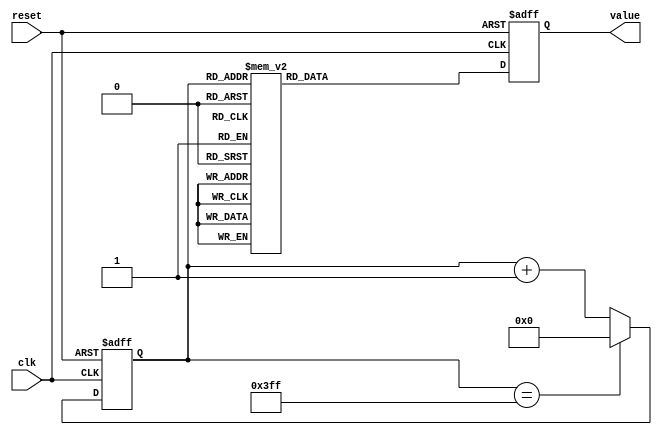
module waveform_from_lut(clk, reset, value);
input wire          clk;
input wire          reset;
output reg [31:0]   value;

// *** Declarations
reg [9:0]    index;


	always @ (posedge clk or posedge reset) begin
        if (reset) begin
            index <= 10'd0;
            value <= 32'h3f4ccccd;
        end
        else begin // not reset
            if (index == 10'd1023) begin
                index <= 10'd0;
            end
            else begin // index < maxlength
                index <= index + 10'd1;
            end
            case (index)                
                10'd0  : value <= 32'h3f4ccccd;
                10'd1  : value <= 32'h3f4ccd0c;
                10'd2  : value <= 32'h3f4ccdca;
                10'd3  : value <= 32'h3f4ccf06;
                10'd4  : value <= 32'h3f4cd0c1;
                10'd5  : value <= 32'h3f4cd2fb;
                10'd6  : value <= 32'h3f4cd5b3;
                10'd7  : value <= 32'h3f4cd8e9;
                10'd8  : value <= 32'h3f4cdc9e;
                10'd9  : value <= 32'h3f4ce0d2;
                10'd10  : value <= 32'h3f4ce584;
                10'd11  : value <= 32'h3f4ceab4;
                10'd12  : value <= 32'h3f4cf062;
                10'd13  : value <= 32'h3f4cf68f;
                10'd14  : value <= 32'h3f4cfd3a;
                10'd15  : value <= 32'h3f4d0463;
                10'd16  : value <= 32'h3f4d0c0a;
                10'd17  : value <= 32'h3f4d142f;
                10'd18  : value <= 32'h3f4d1cd2;
                10'd19  : value <= 32'h3f4d25f2;
                10'd20  : value <= 32'h3f4d2f91;
                10'd21  : value <= 32'h3f4d39ad;
                10'd22  : value <= 32'h3f4d4446;
                10'd23  : value <= 32'h3f4d4f5d;
                10'd24  : value <= 32'h3f4d5af1;
                10'd25  : value <= 32'h3f4d6703;
                10'd26  : value <= 32'h3f4d7391;
                10'd27  : value <= 32'h3f4d809d;
                10'd28  : value <= 32'h3f4d8e25;
                10'd29  : value <= 32'h3f4d9c2a;
                10'd30  : value <= 32'h3f4daaac;
                10'd31  : value <= 32'h3f4db9aa;
                10'd32  : value <= 32'h3f4dc924;
                10'd33  : value <= 32'h3f4dd91b;
                10'd34  : value <= 32'h3f4de98d;
                10'd35  : value <= 32'h3f4dfa7c;
                10'd36  : value <= 32'h3f4e0be6;
                10'd37  : value <= 32'h3f4e1dcb;
                10'd38  : value <= 32'h3f4e302c;
                10'd39  : value <= 32'h3f4e4308;
                10'd40  : value <= 32'h3f4e565f;
                10'd41  : value <= 32'h3f4e6a31;
                10'd42  : value <= 32'h3f4e7e7d;
                10'd43  : value <= 32'h3f4e9344;
                10'd44  : value <= 32'h3f4ea884;
                10'd45  : value <= 32'h3f4ebe3f;
                10'd46  : value <= 32'h3f4ed474;
                10'd47  : value <= 32'h3f4eeb22;
                10'd48  : value <= 32'h3f4f024a;
                10'd49  : value <= 32'h3f4f19ea;
                10'd50  : value <= 32'h3f4f3204;
                10'd51  : value <= 32'h3f4f4a96;
                10'd52  : value <= 32'h3f4f63a1;
                10'd53  : value <= 32'h3f4f7d23;
                10'd54  : value <= 32'h3f4f971e;
                10'd55  : value <= 32'h3f4fb190;
                10'd56  : value <= 32'h3f4fcc7a;
                10'd57  : value <= 32'h3f4fe7db;
                10'd58  : value <= 32'h3f5003b3;
                10'd59  : value <= 32'h3f502002;
                10'd60  : value <= 32'h3f503cc6;
                10'd61  : value <= 32'h3f505a01;
                10'd62  : value <= 32'h3f5077b2;
                10'd63  : value <= 32'h3f5095d8;
                10'd64  : value <= 32'h3f50b474;
                10'd65  : value <= 32'h3f50d384;
                10'd66  : value <= 32'h3f50f309;
                10'd67  : value <= 32'h3f511303;
                10'd68  : value <= 32'h3f513370;
                10'd69  : value <= 32'h3f515451;
                10'd70  : value <= 32'h3f5175a5;
                10'd71  : value <= 32'h3f51976d;
                10'd72  : value <= 32'h3f51b9a7;
                10'd73  : value <= 32'h3f51dc54;
                10'd74  : value <= 32'h3f51ff72;
                10'd75  : value <= 32'h3f522303;
                10'd76  : value <= 32'h3f524705;
                10'd77  : value <= 32'h3f526b77;
                10'd78  : value <= 32'h3f52905b;
                10'd79  : value <= 32'h3f52b5af;
                10'd80  : value <= 32'h3f52db73;
                10'd81  : value <= 32'h3f5301a6;
                10'd82  : value <= 32'h3f532849;
                10'd83  : value <= 32'h3f534f5a;
                10'd84  : value <= 32'h3f5376da;
                10'd85  : value <= 32'h3f539ec8;
                10'd86  : value <= 32'h3f53c724;
                10'd87  : value <= 32'h3f53efed;
                10'd88  : value <= 32'h3f541923;
                10'd89  : value <= 32'h3f5442c6;
                10'd90  : value <= 32'h3f546cd5;
                10'd91  : value <= 32'h3f54974f;
                10'd92  : value <= 32'h3f54c235;
                10'd93  : value <= 32'h3f54ed86;
                10'd94  : value <= 32'h3f551941;
                10'd95  : value <= 32'h3f554566;
                10'd96  : value <= 32'h3f5571f5;
                10'd97  : value <= 32'h3f559eed;
                10'd98  : value <= 32'h3f55cc4e;
                10'd99  : value <= 32'h3f55fa17;
                10'd100  : value <= 32'h3f562848;
                10'd101  : value <= 32'h3f5656e0;
                10'd102  : value <= 32'h3f5685e0;
                10'd103  : value <= 32'h3f56b546;
                10'd104  : value <= 32'h3f56e512;
                10'd105  : value <= 32'h3f571544;
                10'd106  : value <= 32'h3f5745db;
                10'd107  : value <= 32'h3f5776d6;
                10'd108  : value <= 32'h3f57a836;
                10'd109  : value <= 32'h3f57d9fa;
                10'd110  : value <= 32'h3f580c20;
                10'd111  : value <= 32'h3f583eaa;
                10'd112  : value <= 32'h3f587196;
                10'd113  : value <= 32'h3f58a4e4;
                10'd114  : value <= 32'h3f58d892;
                10'd115  : value <= 32'h3f590ca2;
                10'd116  : value <= 32'h3f594112;
                10'd117  : value <= 32'h3f5975e2;
                10'd118  : value <= 32'h3f59ab11;
                10'd119  : value <= 32'h3f59e09f;
                10'd120  : value <= 32'h3f5a168b;
                10'd121  : value <= 32'h3f5a4cd5;
                10'd122  : value <= 32'h3f5a837c;
                10'd123  : value <= 32'h3f5aba80;
                10'd124  : value <= 32'h3f5af1e0;
                10'd125  : value <= 32'h3f5b299b;
                10'd126  : value <= 32'h3f5b61b2;
                10'd127  : value <= 32'h3f5b9a23;
                10'd128  : value <= 32'h3f5bd2ee;
                10'd129  : value <= 32'h3f5c0c12;
                10'd130  : value <= 32'h3f5c458f;
                10'd131  : value <= 32'h3f5c7f65;
                10'd132  : value <= 32'h3f5cb993;
                10'd133  : value <= 32'h3f5cf417;
                10'd134  : value <= 32'h3f5d2ef3;
                10'd135  : value <= 32'h3f5d6a24;
                10'd136  : value <= 32'h3f5da5ab;
                10'd137  : value <= 32'h3f5de187;
                10'd138  : value <= 32'h3f5e1db7;
                10'd139  : value <= 32'h3f5e5a3b;
                10'd140  : value <= 32'h3f5e9712;
                10'd141  : value <= 32'h3f5ed43c;
                10'd142  : value <= 32'h3f5f11b7;
                10'd143  : value <= 32'h3f5f4f84;
                10'd144  : value <= 32'h3f5f8da2;
                10'd145  : value <= 32'h3f5fcc11;
                10'd146  : value <= 32'h3f600ace;
                10'd147  : value <= 32'h3f6049db;
                10'd148  : value <= 32'h3f608936;
                10'd149  : value <= 32'h3f60c8df;
                10'd150  : value <= 32'h3f6108d5;
                10'd151  : value <= 32'h3f614918;
                10'd152  : value <= 32'h3f6189a7;
                10'd153  : value <= 32'h3f61ca81;
                10'd154  : value <= 32'h3f620ba5;
                10'd155  : value <= 32'h3f624d14;
                10'd156  : value <= 32'h3f628ecc;
                10'd157  : value <= 32'h3f62d0cd;
                10'd158  : value <= 32'h3f631316;
                10'd159  : value <= 32'h3f6355a7;
                10'd160  : value <= 32'h3f63987e;
                10'd161  : value <= 32'h3f63db9c;
                10'd162  : value <= 32'h3f641eff;
                10'd163  : value <= 32'h3f6462a7;
                10'd164  : value <= 32'h3f64a693;
                10'd165  : value <= 32'h3f64eac3;
                10'd166  : value <= 32'h3f652f36;
                10'd167  : value <= 32'h3f6573ec;
                10'd168  : value <= 32'h3f65b8e2;
                10'd169  : value <= 32'h3f65fe1a;
                10'd170  : value <= 32'h3f664392;
                10'd171  : value <= 32'h3f66894a;
                10'd172  : value <= 32'h3f66cf41;
                10'd173  : value <= 32'h3f671576;
                10'd174  : value <= 32'h3f675be9;
                10'd175  : value <= 32'h3f67a298;
                10'd176  : value <= 32'h3f67e984;
                10'd177  : value <= 32'h3f6830ab;
                10'd178  : value <= 32'h3f68780d;
                10'd179  : value <= 32'h3f68bfaa;
                10'd180  : value <= 32'h3f69077f;
                10'd181  : value <= 32'h3f694f8e;
                10'd182  : value <= 32'h3f6997d5;
                10'd183  : value <= 32'h3f69e053;
                10'd184  : value <= 32'h3f6a2908;
                10'd185  : value <= 32'h3f6a71f2;
                10'd186  : value <= 32'h3f6abb13;
                10'd187  : value <= 32'h3f6b0467;
                10'd188  : value <= 32'h3f6b4df0;
                10'd189  : value <= 32'h3f6b97ab;
                10'd190  : value <= 32'h3f6be19a;
                10'd191  : value <= 32'h3f6c2bb9;
                10'd192  : value <= 32'h3f6c760a;
                10'd193  : value <= 32'h3f6cc08c;
                10'd194  : value <= 32'h3f6d0b3c;
                10'd195  : value <= 32'h3f6d561c;
                10'd196  : value <= 32'h3f6da12a;
                10'd197  : value <= 32'h3f6dec65;
                10'd198  : value <= 32'h3f6e37cd;
                10'd199  : value <= 32'h3f6e8361;
                10'd200  : value <= 32'h3f6ecf20;
                10'd201  : value <= 32'h3f6f1b0a;
                10'd202  : value <= 32'h3f6f671d;
                10'd203  : value <= 32'h3f6fb359;
                10'd204  : value <= 32'h3f6fffbe;
                10'd205  : value <= 32'h3f704c4a;
                10'd206  : value <= 32'h3f7098fd;
                10'd207  : value <= 32'h3f70e5d6;
                10'd208  : value <= 32'h3f7132d5;
                10'd209  : value <= 32'h3f717ff8;
                10'd210  : value <= 32'h3f71cd3f;
                10'd211  : value <= 32'h3f721aa9;
                10'd212  : value <= 32'h3f726835;
                10'd213  : value <= 32'h3f72b5e3;
                10'd214  : value <= 32'h3f7303b2;
                10'd215  : value <= 32'h3f7351a1;
                10'd216  : value <= 32'h3f739faf;
                10'd217  : value <= 32'h3f73eddc;
                10'd218  : value <= 32'h3f743c27;
                10'd219  : value <= 32'h3f748a8f;
                10'd220  : value <= 32'h3f74d913;
                10'd221  : value <= 32'h3f7527b3;
                10'd222  : value <= 32'h3f75766d;
                10'd223  : value <= 32'h3f75c542;
                10'd224  : value <= 32'h3f761430;
                10'd225  : value <= 32'h3f766336;
                10'd226  : value <= 32'h3f76b254;
                10'd227  : value <= 32'h3f770189;
                10'd228  : value <= 32'h3f7750d5;
                10'd229  : value <= 32'h3f77a036;
                10'd230  : value <= 32'h3f77efab;
                10'd231  : value <= 32'h3f783f35;
                10'd232  : value <= 32'h3f788ed1;
                10'd233  : value <= 32'h3f78de80;
                10'd234  : value <= 32'h3f792e41;
                10'd235  : value <= 32'h3f797e13;
                10'd236  : value <= 32'h3f79cdf4;
                10'd237  : value <= 32'h3f7a1de5;
                10'd238  : value <= 32'h3f7a6de5;
                10'd239  : value <= 32'h3f7abdf2;
                10'd240  : value <= 32'h3f7b0e0c;
                10'd241  : value <= 32'h3f7b5e33;
                10'd242  : value <= 32'h3f7bae65;
                10'd243  : value <= 32'h3f7bfea1;
                10'd244  : value <= 32'h3f7c4ee8;
                10'd245  : value <= 32'h3f7c9f38;
                10'd246  : value <= 32'h3f7cef90;
                10'd247  : value <= 32'h3f7d3fef;
                10'd248  : value <= 32'h3f7d9056;
                10'd249  : value <= 32'h3f7de0c2;
                10'd250  : value <= 32'h3f7e3134;
                10'd251  : value <= 32'h3f7e81aa;
                10'd252  : value <= 32'h3f7ed224;
                10'd253  : value <= 32'h3f7f22a0;
                10'd254  : value <= 32'h3f7f731f;
                10'd255  : value <= 32'h3f7fc39f;
                10'd256  : value <= 32'h3f800a10;
                10'd257  : value <= 32'h3f803250;
                10'd258  : value <= 32'h3f805a90;
                10'd259  : value <= 32'h3f8082cf;
                10'd260  : value <= 32'h3f80ab0d;
                10'd261  : value <= 32'h3f80d349;
                10'd262  : value <= 32'h3f80fb83;
                10'd263  : value <= 32'h3f8123ba;
                10'd264  : value <= 32'h3f814bef;
                10'd265  : value <= 32'h3f817421;
                10'd266  : value <= 32'h3f819c4f;
                10'd267  : value <= 32'h3f81c479;
                10'd268  : value <= 32'h3f81ec9e;
                10'd269  : value <= 32'h3f8214bf;
                10'd270  : value <= 32'h3f823cdb;
                10'd271  : value <= 32'h3f8264f1;
                10'd272  : value <= 32'h3f828d01;
                10'd273  : value <= 32'h3f82b50b;
                10'd274  : value <= 32'h3f82dd0e;
                10'd275  : value <= 32'h3f83050b;
                10'd276  : value <= 32'h3f832cff;
                10'd277  : value <= 32'h3f8354ec;
                10'd278  : value <= 32'h3f837cd1;
                10'd279  : value <= 32'h3f83a4ad;
                10'd280  : value <= 32'h3f83cc80;
                10'd281  : value <= 32'h3f83f449;
                10'd282  : value <= 32'h3f841c09;
                10'd283  : value <= 32'h3f8443bf;
                10'd284  : value <= 32'h3f846b6a;
                10'd285  : value <= 32'h3f84930a;
                10'd286  : value <= 32'h3f84ba9f;
                10'd287  : value <= 32'h3f84e228;
                10'd288  : value <= 32'h3f8509a5;
                10'd289  : value <= 32'h3f853116;
                10'd290  : value <= 32'h3f85587a;
                10'd291  : value <= 32'h3f857fd0;
                10'd292  : value <= 32'h3f85a719;
                10'd293  : value <= 32'h3f85ce54;
                10'd294  : value <= 32'h3f85f581;
                10'd295  : value <= 32'h3f861c9f;
                10'd296  : value <= 32'h3f8643ae;
                10'd297  : value <= 32'h3f866aad;
                10'd298  : value <= 32'h3f86919d;
                10'd299  : value <= 32'h3f86b87c;
                10'd300  : value <= 32'h3f86df4b;
                10'd301  : value <= 32'h3f870608;
                10'd302  : value <= 32'h3f872cb4;
                10'd303  : value <= 32'h3f87534f;
                10'd304  : value <= 32'h3f8779d7;
                10'd305  : value <= 32'h3f87a04d;
                10'd306  : value <= 32'h3f87c6b1;
                10'd307  : value <= 32'h3f87ed00;
                10'd308  : value <= 32'h3f88133d;
                10'd309  : value <= 32'h3f883965;
                10'd310  : value <= 32'h3f885f79;
                10'd311  : value <= 32'h3f888578;
                10'd312  : value <= 32'h3f88ab62;
                10'd313  : value <= 32'h3f88d137;
                10'd314  : value <= 32'h3f88f6f6;
                10'd315  : value <= 32'h3f891c9f;
                10'd316  : value <= 32'h3f894231;
                10'd317  : value <= 32'h3f8967ad;
                10'd318  : value <= 32'h3f898d11;
                10'd319  : value <= 32'h3f89b25e;
                10'd320  : value <= 32'h3f89d792;
                10'd321  : value <= 32'h3f89fcae;
                10'd322  : value <= 32'h3f8a21b2;
                10'd323  : value <= 32'h3f8a469c;
                10'd324  : value <= 32'h3f8a6b6d;
                10'd325  : value <= 32'h3f8a9025;
                10'd326  : value <= 32'h3f8ab4c2;
                10'd327  : value <= 32'h3f8ad945;
                10'd328  : value <= 32'h3f8afdad;
                10'd329  : value <= 32'h3f8b21fa;
                10'd330  : value <= 32'h3f8b462b;
                10'd331  : value <= 32'h3f8b6a40;
                10'd332  : value <= 32'h3f8b8e39;
                10'd333  : value <= 32'h3f8bb216;
                10'd334  : value <= 32'h3f8bd5d6;
                10'd335  : value <= 32'h3f8bf978;
                10'd336  : value <= 32'h3f8c1cfd;
                10'd337  : value <= 32'h3f8c4064;
                10'd338  : value <= 32'h3f8c63ac;
                10'd339  : value <= 32'h3f8c86d6;
                10'd340  : value <= 32'h3f8ca9e1;
                10'd341  : value <= 32'h3f8ccccd;
                10'd342  : value <= 32'h3f8cef99;
                10'd343  : value <= 32'h3f8d1245;
                10'd344  : value <= 32'h3f8d34d1;
                10'd345  : value <= 32'h3f8d573c;
                10'd346  : value <= 32'h3f8d7986;
                10'd347  : value <= 32'h3f8d9baf;
                10'd348  : value <= 32'h3f8dbdb6;
                10'd349  : value <= 32'h3f8ddf9b;
                10'd350  : value <= 32'h3f8e015e;
                10'd351  : value <= 32'h3f8e22fe;
                10'd352  : value <= 32'h3f8e447b;
                10'd353  : value <= 32'h3f8e65d5;
                10'd354  : value <= 32'h3f8e870c;
                10'd355  : value <= 32'h3f8ea81e;
                10'd356  : value <= 32'h3f8ec90d;
                10'd357  : value <= 32'h3f8ee9d6;
                10'd358  : value <= 32'h3f8f0a7b;
                10'd359  : value <= 32'h3f8f2afb;
                10'd360  : value <= 32'h3f8f4b55;
                10'd361  : value <= 32'h3f8f6b89;
                10'd362  : value <= 32'h3f8f8b98;
                10'd363  : value <= 32'h3f8fab7f;
                10'd364  : value <= 32'h3f8fcb41;
                10'd365  : value <= 32'h3f8feadb;
                10'd366  : value <= 32'h3f900a4d;
                10'd367  : value <= 32'h3f902998;
                10'd368  : value <= 32'h3f9048bb;
                10'd369  : value <= 32'h3f9067b6;
                10'd370  : value <= 32'h3f908688;
                10'd371  : value <= 32'h3f90a532;
                10'd372  : value <= 32'h3f90c3b2;
                10'd373  : value <= 32'h3f90e209;
                10'd374  : value <= 32'h3f910036;
                10'd375  : value <= 32'h3f911e39;
                10'd376  : value <= 32'h3f913c12;
                10'd377  : value <= 32'h3f9159c0;
                10'd378  : value <= 32'h3f917743;
                10'd379  : value <= 32'h3f91949b;
                10'd380  : value <= 32'h3f91b1c8;
                10'd381  : value <= 32'h3f91cec8;
                10'd382  : value <= 32'h3f91eb9d;
                10'd383  : value <= 32'h3f920846;
                10'd384  : value <= 32'h3f9224c2;
                10'd385  : value <= 32'h3f924111;
                10'd386  : value <= 32'h3f925d33;
                10'd387  : value <= 32'h3f927927;
                10'd388  : value <= 32'h3f9294ee;
                10'd389  : value <= 32'h3f92b087;
                10'd390  : value <= 32'h3f92cbf2;
                10'd391  : value <= 32'h3f92e72e;
                10'd392  : value <= 32'h3f93023b;
                10'd393  : value <= 32'h3f931d1a;
                10'd394  : value <= 32'h3f9337c9;
                10'd395  : value <= 32'h3f935249;
                10'd396  : value <= 32'h3f936c99;
                10'd397  : value <= 32'h3f9386b9;
                10'd398  : value <= 32'h3f93a0a9;
                10'd399  : value <= 32'h3f93ba68;
                10'd400  : value <= 32'h3f93d3f6;
                10'd401  : value <= 32'h3f93ed54;
                10'd402  : value <= 32'h3f940680;
                10'd403  : value <= 32'h3f941f7a;
                10'd404  : value <= 32'h3f943843;
                10'd405  : value <= 32'h3f9450da;
                10'd406  : value <= 32'h3f94693f;
                10'd407  : value <= 32'h3f948171;
                10'd408  : value <= 32'h3f949970;
                10'd409  : value <= 32'h3f94b13d;
                10'd410  : value <= 32'h3f94c8d6;
                10'd411  : value <= 32'h3f94e03c;
                10'd412  : value <= 32'h3f94f76f;
                10'd413  : value <= 32'h3f950e6d;
                10'd414  : value <= 32'h3f952538;
                10'd415  : value <= 32'h3f953bce;
                10'd416  : value <= 32'h3f955230;
                10'd417  : value <= 32'h3f95685d;
                10'd418  : value <= 32'h3f957e55;
                10'd419  : value <= 32'h3f959418;
                10'd420  : value <= 32'h3f95a9a6;
                10'd421  : value <= 32'h3f95befe;
                10'd422  : value <= 32'h3f95d420;
                10'd423  : value <= 32'h3f95e90c;
                10'd424  : value <= 32'h3f95fdc3;
                10'd425  : value <= 32'h3f961242;
                10'd426  : value <= 32'h3f96268c;
                10'd427  : value <= 32'h3f963a9e;
                10'd428  : value <= 32'h3f964e7a;
                10'd429  : value <= 32'h3f96621e;
                10'd430  : value <= 32'h3f96758b;
                10'd431  : value <= 32'h3f9688c1;
                10'd432  : value <= 32'h3f969bbf;
                10'd433  : value <= 32'h3f96ae85;
                10'd434  : value <= 32'h3f96c112;
                10'd435  : value <= 32'h3f96d368;
                10'd436  : value <= 32'h3f96e585;
                10'd437  : value <= 32'h3f96f76a;
                10'd438  : value <= 32'h3f970916;
                10'd439  : value <= 32'h3f971a88;
                10'd440  : value <= 32'h3f972bc2;
                10'd441  : value <= 32'h3f973cc3;
                10'd442  : value <= 32'h3f974d8a;
                10'd443  : value <= 32'h3f975e17;
                10'd444  : value <= 32'h3f976e6b;
                10'd445  : value <= 32'h3f977e84;
                10'd446  : value <= 32'h3f978e64;
                10'd447  : value <= 32'h3f979e09;
                10'd448  : value <= 32'h3f97ad74;
                10'd449  : value <= 32'h3f97bca5;
                10'd450  : value <= 32'h3f97cb9a;
                10'd451  : value <= 32'h3f97da55;
                10'd452  : value <= 32'h3f97e8d5;
                10'd453  : value <= 32'h3f97f71a;
                10'd454  : value <= 32'h3f980524;
                10'd455  : value <= 32'h3f9812f2;
                10'd456  : value <= 32'h3f982085;
                10'd457  : value <= 32'h3f982ddc;
                10'd458  : value <= 32'h3f983af7;
                10'd459  : value <= 32'h3f9847d7;
                10'd460  : value <= 32'h3f98547a;
                10'd461  : value <= 32'h3f9860e1;
                10'd462  : value <= 32'h3f986d0c;
                10'd463  : value <= 32'h3f9878fb;
                10'd464  : value <= 32'h3f9884ad;
                10'd465  : value <= 32'h3f989022;
                10'd466  : value <= 32'h3f989b5b;
                10'd467  : value <= 32'h3f98a657;
                10'd468  : value <= 32'h3f98b116;
                10'd469  : value <= 32'h3f98bb98;
                10'd470  : value <= 32'h3f98c5dc;
                10'd471  : value <= 32'h3f98cfe4;
                10'd472  : value <= 32'h3f98d9ae;
                10'd473  : value <= 32'h3f98e33b;
                10'd474  : value <= 32'h3f98ec8a;
                10'd475  : value <= 32'h3f98f59b;
                10'd476  : value <= 32'h3f98fe6f;
                10'd477  : value <= 32'h3f990705;
                10'd478  : value <= 32'h3f990f5e;
                10'd479  : value <= 32'h3f991778;
                10'd480  : value <= 32'h3f991f54;
                10'd481  : value <= 32'h3f9926f2;
                10'd482  : value <= 32'h3f992e52;
                10'd483  : value <= 32'h3f993574;
                10'd484  : value <= 32'h3f993c57;
                10'd485  : value <= 32'h3f9942fc;
                10'd486  : value <= 32'h3f994963;
                10'd487  : value <= 32'h3f994f8b;
                10'd488  : value <= 32'h3f995574;
                10'd489  : value <= 32'h3f995b1f;
                10'd490  : value <= 32'h3f99608b;
                10'd491  : value <= 32'h3f9965b9;
                10'd492  : value <= 32'h3f996aa7;
                10'd493  : value <= 32'h3f996f57;
                10'd494  : value <= 32'h3f9973c8;
                10'd495  : value <= 32'h3f9977fa;
                10'd496  : value <= 32'h3f997bed;
                10'd497  : value <= 32'h3f997fa1;
                10'd498  : value <= 32'h3f998316;
                10'd499  : value <= 32'h3f99864c;
                10'd500  : value <= 32'h3f998942;
                10'd501  : value <= 32'h3f998bfa;
                10'd502  : value <= 32'h3f998e72;
                10'd503  : value <= 32'h3f9990ac;
                10'd504  : value <= 32'h3f9992a6;
                10'd505  : value <= 32'h3f999461;
                10'd506  : value <= 32'h3f9995dc;
                10'd507  : value <= 32'h3f999719;
                10'd508  : value <= 32'h3f999816;
                10'd509  : value <= 32'h3f9998d4;
                10'd510  : value <= 32'h3f999952;
                10'd511  : value <= 32'h3f999992;
                10'd512  : value <= 32'h3f999992;
                10'd513  : value <= 32'h3f999952;
                10'd514  : value <= 32'h3f9998d4;
                10'd515  : value <= 32'h3f999816;
                10'd516  : value <= 32'h3f999719;
                10'd517  : value <= 32'h3f9995dc;
                10'd518  : value <= 32'h3f999461;
                10'd519  : value <= 32'h3f9992a6;
                10'd520  : value <= 32'h3f9990ac;
                10'd521  : value <= 32'h3f998e72;
                10'd522  : value <= 32'h3f998bfa;
                10'd523  : value <= 32'h3f998942;
                10'd524  : value <= 32'h3f99864c;
                10'd525  : value <= 32'h3f998316;
                10'd526  : value <= 32'h3f997fa1;
                10'd527  : value <= 32'h3f997bed;
                10'd528  : value <= 32'h3f9977fa;
                10'd529  : value <= 32'h3f9973c8;
                10'd530  : value <= 32'h3f996f57;
                10'd531  : value <= 32'h3f996aa7;
                10'd532  : value <= 32'h3f9965b9;
                10'd533  : value <= 32'h3f99608b;
                10'd534  : value <= 32'h3f995b1f;
                10'd535  : value <= 32'h3f995574;
                10'd536  : value <= 32'h3f994f8b;
                10'd537  : value <= 32'h3f994963;
                10'd538  : value <= 32'h3f9942fc;
                10'd539  : value <= 32'h3f993c57;
                10'd540  : value <= 32'h3f993574;
                10'd541  : value <= 32'h3f992e52;
                10'd542  : value <= 32'h3f9926f2;
                10'd543  : value <= 32'h3f991f54;
                10'd544  : value <= 32'h3f991778;
                10'd545  : value <= 32'h3f990f5e;
                10'd546  : value <= 32'h3f990705;
                10'd547  : value <= 32'h3f98fe6f;
                10'd548  : value <= 32'h3f98f59b;
                10'd549  : value <= 32'h3f98ec8a;
                10'd550  : value <= 32'h3f98e33b;
                10'd551  : value <= 32'h3f98d9ae;
                10'd552  : value <= 32'h3f98cfe4;
                10'd553  : value <= 32'h3f98c5dc;
                10'd554  : value <= 32'h3f98bb98;
                10'd555  : value <= 32'h3f98b116;
                10'd556  : value <= 32'h3f98a657;
                10'd557  : value <= 32'h3f989b5b;
                10'd558  : value <= 32'h3f989022;
                10'd559  : value <= 32'h3f9884ad;
                10'd560  : value <= 32'h3f9878fb;
                10'd561  : value <= 32'h3f986d0c;
                10'd562  : value <= 32'h3f9860e1;
                10'd563  : value <= 32'h3f98547a;
                10'd564  : value <= 32'h3f9847d7;
                10'd565  : value <= 32'h3f983af7;
                10'd566  : value <= 32'h3f982ddc;
                10'd567  : value <= 32'h3f982085;
                10'd568  : value <= 32'h3f9812f2;
                10'd569  : value <= 32'h3f980524;
                10'd570  : value <= 32'h3f97f71a;
                10'd571  : value <= 32'h3f97e8d5;
                10'd572  : value <= 32'h3f97da55;
                10'd573  : value <= 32'h3f97cb9a;
                10'd574  : value <= 32'h3f97bca5;
                10'd575  : value <= 32'h3f97ad74;
                10'd576  : value <= 32'h3f979e09;
                10'd577  : value <= 32'h3f978e64;
                10'd578  : value <= 32'h3f977e84;
                10'd579  : value <= 32'h3f976e6b;
                10'd580  : value <= 32'h3f975e17;
                10'd581  : value <= 32'h3f974d8a;
                10'd582  : value <= 32'h3f973cc3;
                10'd583  : value <= 32'h3f972bc2;
                10'd584  : value <= 32'h3f971a88;
                10'd585  : value <= 32'h3f970916;
                10'd586  : value <= 32'h3f96f76a;
                10'd587  : value <= 32'h3f96e585;
                10'd588  : value <= 32'h3f96d368;
                10'd589  : value <= 32'h3f96c112;
                10'd590  : value <= 32'h3f96ae85;
                10'd591  : value <= 32'h3f969bbf;
                10'd592  : value <= 32'h3f9688c1;
                10'd593  : value <= 32'h3f96758b;
                10'd594  : value <= 32'h3f96621e;
                10'd595  : value <= 32'h3f964e7a;
                10'd596  : value <= 32'h3f963a9e;
                10'd597  : value <= 32'h3f96268c;
                10'd598  : value <= 32'h3f961242;
                10'd599  : value <= 32'h3f95fdc3;
                10'd600  : value <= 32'h3f95e90c;
                10'd601  : value <= 32'h3f95d420;
                10'd602  : value <= 32'h3f95befe;
                10'd603  : value <= 32'h3f95a9a6;
                10'd604  : value <= 32'h3f959418;
                10'd605  : value <= 32'h3f957e55;
                10'd606  : value <= 32'h3f95685d;
                10'd607  : value <= 32'h3f955230;
                10'd608  : value <= 32'h3f953bce;
                10'd609  : value <= 32'h3f952538;
                10'd610  : value <= 32'h3f950e6d;
                10'd611  : value <= 32'h3f94f76f;
                10'd612  : value <= 32'h3f94e03c;
                10'd613  : value <= 32'h3f94c8d6;
                10'd614  : value <= 32'h3f94b13d;
                10'd615  : value <= 32'h3f949970;
                10'd616  : value <= 32'h3f948171;
                10'd617  : value <= 32'h3f94693f;
                10'd618  : value <= 32'h3f9450da;
                10'd619  : value <= 32'h3f943843;
                10'd620  : value <= 32'h3f941f7a;
                10'd621  : value <= 32'h3f940680;
                10'd622  : value <= 32'h3f93ed54;
                10'd623  : value <= 32'h3f93d3f6;
                10'd624  : value <= 32'h3f93ba68;
                10'd625  : value <= 32'h3f93a0a9;
                10'd626  : value <= 32'h3f9386b9;
                10'd627  : value <= 32'h3f936c99;
                10'd628  : value <= 32'h3f935249;
                10'd629  : value <= 32'h3f9337c9;
                10'd630  : value <= 32'h3f931d1a;
                10'd631  : value <= 32'h3f93023b;
                10'd632  : value <= 32'h3f92e72e;
                10'd633  : value <= 32'h3f92cbf2;
                10'd634  : value <= 32'h3f92b087;
                10'd635  : value <= 32'h3f9294ee;
                10'd636  : value <= 32'h3f927927;
                10'd637  : value <= 32'h3f925d33;
                10'd638  : value <= 32'h3f924111;
                10'd639  : value <= 32'h3f9224c2;
                10'd640  : value <= 32'h3f920846;
                10'd641  : value <= 32'h3f91eb9d;
                10'd642  : value <= 32'h3f91cec8;
                10'd643  : value <= 32'h3f91b1c8;
                10'd644  : value <= 32'h3f91949b;
                10'd645  : value <= 32'h3f917743;
                10'd646  : value <= 32'h3f9159c0;
                10'd647  : value <= 32'h3f913c12;
                10'd648  : value <= 32'h3f911e39;
                10'd649  : value <= 32'h3f910036;
                10'd650  : value <= 32'h3f90e209;
                10'd651  : value <= 32'h3f90c3b2;
                10'd652  : value <= 32'h3f90a532;
                10'd653  : value <= 32'h3f908688;
                10'd654  : value <= 32'h3f9067b6;
                10'd655  : value <= 32'h3f9048bb;
                10'd656  : value <= 32'h3f902998;
                10'd657  : value <= 32'h3f900a4d;
                10'd658  : value <= 32'h3f8feadb;
                10'd659  : value <= 32'h3f8fcb41;
                10'd660  : value <= 32'h3f8fab7f;
                10'd661  : value <= 32'h3f8f8b98;
                10'd662  : value <= 32'h3f8f6b89;
                10'd663  : value <= 32'h3f8f4b55;
                10'd664  : value <= 32'h3f8f2afb;
                10'd665  : value <= 32'h3f8f0a7b;
                10'd666  : value <= 32'h3f8ee9d6;
                10'd667  : value <= 32'h3f8ec90d;
                10'd668  : value <= 32'h3f8ea81e;
                10'd669  : value <= 32'h3f8e870c;
                10'd670  : value <= 32'h3f8e65d5;
                10'd671  : value <= 32'h3f8e447b;
                10'd672  : value <= 32'h3f8e22fe;
                10'd673  : value <= 32'h3f8e015e;
                10'd674  : value <= 32'h3f8ddf9b;
                10'd675  : value <= 32'h3f8dbdb6;
                10'd676  : value <= 32'h3f8d9baf;
                10'd677  : value <= 32'h3f8d7986;
                10'd678  : value <= 32'h3f8d573c;
                10'd679  : value <= 32'h3f8d34d1;
                10'd680  : value <= 32'h3f8d1245;
                10'd681  : value <= 32'h3f8cef99;
                10'd682  : value <= 32'h3f8ccccd;
                10'd683  : value <= 32'h3f8ca9e1;
                10'd684  : value <= 32'h3f8c86d6;
                10'd685  : value <= 32'h3f8c63ac;
                10'd686  : value <= 32'h3f8c4064;
                10'd687  : value <= 32'h3f8c1cfd;
                10'd688  : value <= 32'h3f8bf978;
                10'd689  : value <= 32'h3f8bd5d6;
                10'd690  : value <= 32'h3f8bb216;
                10'd691  : value <= 32'h3f8b8e39;
                10'd692  : value <= 32'h3f8b6a40;
                10'd693  : value <= 32'h3f8b462b;
                10'd694  : value <= 32'h3f8b21fa;
                10'd695  : value <= 32'h3f8afdad;
                10'd696  : value <= 32'h3f8ad945;
                10'd697  : value <= 32'h3f8ab4c2;
                10'd698  : value <= 32'h3f8a9025;
                10'd699  : value <= 32'h3f8a6b6d;
                10'd700  : value <= 32'h3f8a469c;
                10'd701  : value <= 32'h3f8a21b2;
                10'd702  : value <= 32'h3f89fcae;
                10'd703  : value <= 32'h3f89d792;
                10'd704  : value <= 32'h3f89b25e;
                10'd705  : value <= 32'h3f898d11;
                10'd706  : value <= 32'h3f8967ad;
                10'd707  : value <= 32'h3f894231;
                10'd708  : value <= 32'h3f891c9f;
                10'd709  : value <= 32'h3f88f6f6;
                10'd710  : value <= 32'h3f88d137;
                10'd711  : value <= 32'h3f88ab62;
                10'd712  : value <= 32'h3f888578;
                10'd713  : value <= 32'h3f885f79;
                10'd714  : value <= 32'h3f883965;
                10'd715  : value <= 32'h3f88133d;
                10'd716  : value <= 32'h3f87ed00;
                10'd717  : value <= 32'h3f87c6b1;
                10'd718  : value <= 32'h3f87a04d;
                10'd719  : value <= 32'h3f8779d7;
                10'd720  : value <= 32'h3f87534f;
                10'd721  : value <= 32'h3f872cb4;
                10'd722  : value <= 32'h3f870608;
                10'd723  : value <= 32'h3f86df4b;
                10'd724  : value <= 32'h3f86b87c;
                10'd725  : value <= 32'h3f86919d;
                10'd726  : value <= 32'h3f866aad;
                10'd727  : value <= 32'h3f8643ae;
                10'd728  : value <= 32'h3f861c9f;
                10'd729  : value <= 32'h3f85f581;
                10'd730  : value <= 32'h3f85ce54;
                10'd731  : value <= 32'h3f85a719;
                10'd732  : value <= 32'h3f857fd0;
                10'd733  : value <= 32'h3f85587a;
                10'd734  : value <= 32'h3f853116;
                10'd735  : value <= 32'h3f8509a5;
                10'd736  : value <= 32'h3f84e228;
                10'd737  : value <= 32'h3f84ba9f;
                10'd738  : value <= 32'h3f84930a;
                10'd739  : value <= 32'h3f846b6a;
                10'd740  : value <= 32'h3f8443bf;
                10'd741  : value <= 32'h3f841c09;
                10'd742  : value <= 32'h3f83f449;
                10'd743  : value <= 32'h3f83cc80;
                10'd744  : value <= 32'h3f83a4ad;
                10'd745  : value <= 32'h3f837cd1;
                10'd746  : value <= 32'h3f8354ec;
                10'd747  : value <= 32'h3f832cff;
                10'd748  : value <= 32'h3f83050b;
                10'd749  : value <= 32'h3f82dd0e;
                10'd750  : value <= 32'h3f82b50b;
                10'd751  : value <= 32'h3f828d01;
                10'd752  : value <= 32'h3f8264f1;
                10'd753  : value <= 32'h3f823cdb;
                10'd754  : value <= 32'h3f8214bf;
                10'd755  : value <= 32'h3f81ec9e;
                10'd756  : value <= 32'h3f81c479;
                10'd757  : value <= 32'h3f819c4f;
                10'd758  : value <= 32'h3f817421;
                10'd759  : value <= 32'h3f814bef;
                10'd760  : value <= 32'h3f8123ba;
                10'd761  : value <= 32'h3f80fb83;
                10'd762  : value <= 32'h3f80d349;
                10'd763  : value <= 32'h3f80ab0d;
                10'd764  : value <= 32'h3f8082cf;
                10'd765  : value <= 32'h3f805a90;
                10'd766  : value <= 32'h3f803250;
                10'd767  : value <= 32'h3f800a10;
                10'd768  : value <= 32'h3f7fc39f;
                10'd769  : value <= 32'h3f7f731f;
                10'd770  : value <= 32'h3f7f22a0;
                10'd771  : value <= 32'h3f7ed224;
                10'd772  : value <= 32'h3f7e81aa;
                10'd773  : value <= 32'h3f7e3134;
                10'd774  : value <= 32'h3f7de0c2;
                10'd775  : value <= 32'h3f7d9056;
                10'd776  : value <= 32'h3f7d3fef;
                10'd777  : value <= 32'h3f7cef90;
                10'd778  : value <= 32'h3f7c9f38;
                10'd779  : value <= 32'h3f7c4ee8;
                10'd780  : value <= 32'h3f7bfea1;
                10'd781  : value <= 32'h3f7bae65;
                10'd782  : value <= 32'h3f7b5e33;
                10'd783  : value <= 32'h3f7b0e0c;
                10'd784  : value <= 32'h3f7abdf2;
                10'd785  : value <= 32'h3f7a6de5;
                10'd786  : value <= 32'h3f7a1de5;
                10'd787  : value <= 32'h3f79cdf4;
                10'd788  : value <= 32'h3f797e13;
                10'd789  : value <= 32'h3f792e41;
                10'd790  : value <= 32'h3f78de80;
                10'd791  : value <= 32'h3f788ed1;
                10'd792  : value <= 32'h3f783f35;
                10'd793  : value <= 32'h3f77efab;
                10'd794  : value <= 32'h3f77a036;
                10'd795  : value <= 32'h3f7750d5;
                10'd796  : value <= 32'h3f770189;
                10'd797  : value <= 32'h3f76b254;
                10'd798  : value <= 32'h3f766336;
                10'd799  : value <= 32'h3f761430;
                10'd800  : value <= 32'h3f75c542;
                10'd801  : value <= 32'h3f75766d;
                10'd802  : value <= 32'h3f7527b3;
                10'd803  : value <= 32'h3f74d913;
                10'd804  : value <= 32'h3f748a8f;
                10'd805  : value <= 32'h3f743c27;
                10'd806  : value <= 32'h3f73eddc;
                10'd807  : value <= 32'h3f739faf;
                10'd808  : value <= 32'h3f7351a1;
                10'd809  : value <= 32'h3f7303b2;
                10'd810  : value <= 32'h3f72b5e3;
                10'd811  : value <= 32'h3f726835;
                10'd812  : value <= 32'h3f721aa9;
                10'd813  : value <= 32'h3f71cd3f;
                10'd814  : value <= 32'h3f717ff8;
                10'd815  : value <= 32'h3f7132d5;
                10'd816  : value <= 32'h3f70e5d6;
                10'd817  : value <= 32'h3f7098fd;
                10'd818  : value <= 32'h3f704c4a;
                10'd819  : value <= 32'h3f6fffbe;
                10'd820  : value <= 32'h3f6fb359;
                10'd821  : value <= 32'h3f6f671d;
                10'd822  : value <= 32'h3f6f1b0a;
                10'd823  : value <= 32'h3f6ecf20;
                10'd824  : value <= 32'h3f6e8361;
                10'd825  : value <= 32'h3f6e37cd;
                10'd826  : value <= 32'h3f6dec65;
                10'd827  : value <= 32'h3f6da12a;
                10'd828  : value <= 32'h3f6d561c;
                10'd829  : value <= 32'h3f6d0b3c;
                10'd830  : value <= 32'h3f6cc08c;
                10'd831  : value <= 32'h3f6c760a;
                10'd832  : value <= 32'h3f6c2bb9;
                10'd833  : value <= 32'h3f6be19a;
                10'd834  : value <= 32'h3f6b97ab;
                10'd835  : value <= 32'h3f6b4df0;
                10'd836  : value <= 32'h3f6b0467;
                10'd837  : value <= 32'h3f6abb13;
                10'd838  : value <= 32'h3f6a71f2;
                10'd839  : value <= 32'h3f6a2908;
                10'd840  : value <= 32'h3f69e053;
                10'd841  : value <= 32'h3f6997d5;
                10'd842  : value <= 32'h3f694f8e;
                10'd843  : value <= 32'h3f69077f;
                10'd844  : value <= 32'h3f68bfaa;
                10'd845  : value <= 32'h3f68780d;
                10'd846  : value <= 32'h3f6830ab;
                10'd847  : value <= 32'h3f67e984;
                10'd848  : value <= 32'h3f67a298;
                10'd849  : value <= 32'h3f675be9;
                10'd850  : value <= 32'h3f671576;
                10'd851  : value <= 32'h3f66cf41;
                10'd852  : value <= 32'h3f66894a;
                10'd853  : value <= 32'h3f664392;
                10'd854  : value <= 32'h3f65fe1a;
                10'd855  : value <= 32'h3f65b8e2;
                10'd856  : value <= 32'h3f6573ec;
                10'd857  : value <= 32'h3f652f36;
                10'd858  : value <= 32'h3f64eac3;
                10'd859  : value <= 32'h3f64a693;
                10'd860  : value <= 32'h3f6462a7;
                10'd861  : value <= 32'h3f641eff;
                10'd862  : value <= 32'h3f63db9c;
                10'd863  : value <= 32'h3f63987e;
                10'd864  : value <= 32'h3f6355a7;
                10'd865  : value <= 32'h3f631316;
                10'd866  : value <= 32'h3f62d0cd;
                10'd867  : value <= 32'h3f628ecc;
                10'd868  : value <= 32'h3f624d14;
                10'd869  : value <= 32'h3f620ba5;
                10'd870  : value <= 32'h3f61ca81;
                10'd871  : value <= 32'h3f6189a7;
                10'd872  : value <= 32'h3f614918;
                10'd873  : value <= 32'h3f6108d5;
                10'd874  : value <= 32'h3f60c8df;
                10'd875  : value <= 32'h3f608936;
                10'd876  : value <= 32'h3f6049db;
                10'd877  : value <= 32'h3f600ace;
                10'd878  : value <= 32'h3f5fcc11;
                10'd879  : value <= 32'h3f5f8da2;
                10'd880  : value <= 32'h3f5f4f84;
                10'd881  : value <= 32'h3f5f11b7;
                10'd882  : value <= 32'h3f5ed43c;
                10'd883  : value <= 32'h3f5e9712;
                10'd884  : value <= 32'h3f5e5a3b;
                10'd885  : value <= 32'h3f5e1db7;
                10'd886  : value <= 32'h3f5de187;
                10'd887  : value <= 32'h3f5da5ab;
                10'd888  : value <= 32'h3f5d6a24;
                10'd889  : value <= 32'h3f5d2ef3;
                10'd890  : value <= 32'h3f5cf417;
                10'd891  : value <= 32'h3f5cb993;
                10'd892  : value <= 32'h3f5c7f65;
                10'd893  : value <= 32'h3f5c458f;
                10'd894  : value <= 32'h3f5c0c12;
                10'd895  : value <= 32'h3f5bd2ee;
                10'd896  : value <= 32'h3f5b9a23;
                10'd897  : value <= 32'h3f5b61b2;
                10'd898  : value <= 32'h3f5b299b;
                10'd899  : value <= 32'h3f5af1e0;
                10'd900  : value <= 32'h3f5aba80;
                10'd901  : value <= 32'h3f5a837c;
                10'd902  : value <= 32'h3f5a4cd5;
                10'd903  : value <= 32'h3f5a168b;
                10'd904  : value <= 32'h3f59e09f;
                10'd905  : value <= 32'h3f59ab11;
                10'd906  : value <= 32'h3f5975e2;
                10'd907  : value <= 32'h3f594112;
                10'd908  : value <= 32'h3f590ca2;
                10'd909  : value <= 32'h3f58d892;
                10'd910  : value <= 32'h3f58a4e4;
                10'd911  : value <= 32'h3f587196;
                10'd912  : value <= 32'h3f583eaa;
                10'd913  : value <= 32'h3f580c20;
                10'd914  : value <= 32'h3f57d9fa;
                10'd915  : value <= 32'h3f57a836;
                10'd916  : value <= 32'h3f5776d6;
                10'd917  : value <= 32'h3f5745db;
                10'd918  : value <= 32'h3f571544;
                10'd919  : value <= 32'h3f56e512;
                10'd920  : value <= 32'h3f56b546;
                10'd921  : value <= 32'h3f5685e0;
                10'd922  : value <= 32'h3f5656e0;
                10'd923  : value <= 32'h3f562848;
                10'd924  : value <= 32'h3f55fa17;
                10'd925  : value <= 32'h3f55cc4e;
                10'd926  : value <= 32'h3f559eed;
                10'd927  : value <= 32'h3f5571f5;
                10'd928  : value <= 32'h3f554566;
                10'd929  : value <= 32'h3f551941;
                10'd930  : value <= 32'h3f54ed86;
                10'd931  : value <= 32'h3f54c235;
                10'd932  : value <= 32'h3f54974f;
                10'd933  : value <= 32'h3f546cd5;
                10'd934  : value <= 32'h3f5442c6;
                10'd935  : value <= 32'h3f541923;
                10'd936  : value <= 32'h3f53efed;
                10'd937  : value <= 32'h3f53c724;
                10'd938  : value <= 32'h3f539ec8;
                10'd939  : value <= 32'h3f5376da;
                10'd940  : value <= 32'h3f534f5a;
                10'd941  : value <= 32'h3f532849;
                10'd942  : value <= 32'h3f5301a6;
                10'd943  : value <= 32'h3f52db73;
                10'd944  : value <= 32'h3f52b5af;
                10'd945  : value <= 32'h3f52905b;
                10'd946  : value <= 32'h3f526b77;
                10'd947  : value <= 32'h3f524705;
                10'd948  : value <= 32'h3f522303;
                10'd949  : value <= 32'h3f51ff72;
                10'd950  : value <= 32'h3f51dc54;
                10'd951  : value <= 32'h3f51b9a7;
                10'd952  : value <= 32'h3f51976d;
                10'd953  : value <= 32'h3f5175a5;
                10'd954  : value <= 32'h3f515451;
                10'd955  : value <= 32'h3f513370;
                10'd956  : value <= 32'h3f511303;
                10'd957  : value <= 32'h3f50f309;
                10'd958  : value <= 32'h3f50d384;
                10'd959  : value <= 32'h3f50b474;
                10'd960  : value <= 32'h3f5095d8;
                10'd961  : value <= 32'h3f5077b2;
                10'd962  : value <= 32'h3f505a01;
                10'd963  : value <= 32'h3f503cc6;
                10'd964  : value <= 32'h3f502002;
                10'd965  : value <= 32'h3f5003b3;
                10'd966  : value <= 32'h3f4fe7db;
                10'd967  : value <= 32'h3f4fcc7a;
                10'd968  : value <= 32'h3f4fb190;
                10'd969  : value <= 32'h3f4f971e;
                10'd970  : value <= 32'h3f4f7d23;
                10'd971  : value <= 32'h3f4f63a1;
                10'd972  : value <= 32'h3f4f4a96;
                10'd973  : value <= 32'h3f4f3204;
                10'd974  : value <= 32'h3f4f19ea;
                10'd975  : value <= 32'h3f4f024a;
                10'd976  : value <= 32'h3f4eeb22;
                10'd977  : value <= 32'h3f4ed474;
                10'd978  : value <= 32'h3f4ebe3f;
                10'd979  : value <= 32'h3f4ea884;
                10'd980  : value <= 32'h3f4e9344;
                10'd981  : value <= 32'h3f4e7e7d;
                10'd982  : value <= 32'h3f4e6a31;
                10'd983  : value <= 32'h3f4e565f;
                10'd984  : value <= 32'h3f4e4308;
                10'd985  : value <= 32'h3f4e302c;
                10'd986  : value <= 32'h3f4e1dcb;
                10'd987  : value <= 32'h3f4e0be6;
                10'd988  : value <= 32'h3f4dfa7c;
                10'd989  : value <= 32'h3f4de98d;
                10'd990  : value <= 32'h3f4dd91b;
                10'd991  : value <= 32'h3f4dc924;
                10'd992  : value <= 32'h3f4db9aa;
                10'd993  : value <= 32'h3f4daaac;
                10'd994  : value <= 32'h3f4d9c2a;
                10'd995  : value <= 32'h3f4d8e25;
                10'd996  : value <= 32'h3f4d809d;
                10'd997  : value <= 32'h3f4d7391;
                10'd998  : value <= 32'h3f4d6703;
                10'd999  : value <= 32'h3f4d5af1;
                10'd1000  : value <= 32'h3f4d4f5d;
                10'd1001  : value <= 32'h3f4d4446;
                10'd1002  : value <= 32'h3f4d39ad;
                10'd1003  : value <= 32'h3f4d2f91;
                10'd1004  : value <= 32'h3f4d25f2;
                10'd1005  : value <= 32'h3f4d1cd2;
                10'd1006  : value <= 32'h3f4d142f;
                10'd1007  : value <= 32'h3f4d0c0a;
                10'd1008  : value <= 32'h3f4d0463;
                10'd1009  : value <= 32'h3f4cfd3a;
                10'd1010  : value <= 32'h3f4cf68f;
                10'd1011  : value <= 32'h3f4cf062;
                10'd1012  : value <= 32'h3f4ceab4;
                10'd1013  : value <= 32'h3f4ce584;
                10'd1014  : value <= 32'h3f4ce0d2;
                10'd1015  : value <= 32'h3f4cdc9e;
                10'd1016  : value <= 32'h3f4cd8e9;
                10'd1017  : value <= 32'h3f4cd5b3;
                10'd1018  : value <= 32'h3f4cd2fb;
                10'd1019  : value <= 32'h3f4cd0c1;
                10'd1020  : value <= 32'h3f4ccf06;
                10'd1021  : value <= 32'h3f4ccdca;
                10'd1022  : value <= 32'h3f4ccd0c;
                10'd1023  : value <= 32'h3f4ccccd;
                default   : value <= 32'h3f4ccccd;
            endcase
        end // if not reset
    end
endmodule